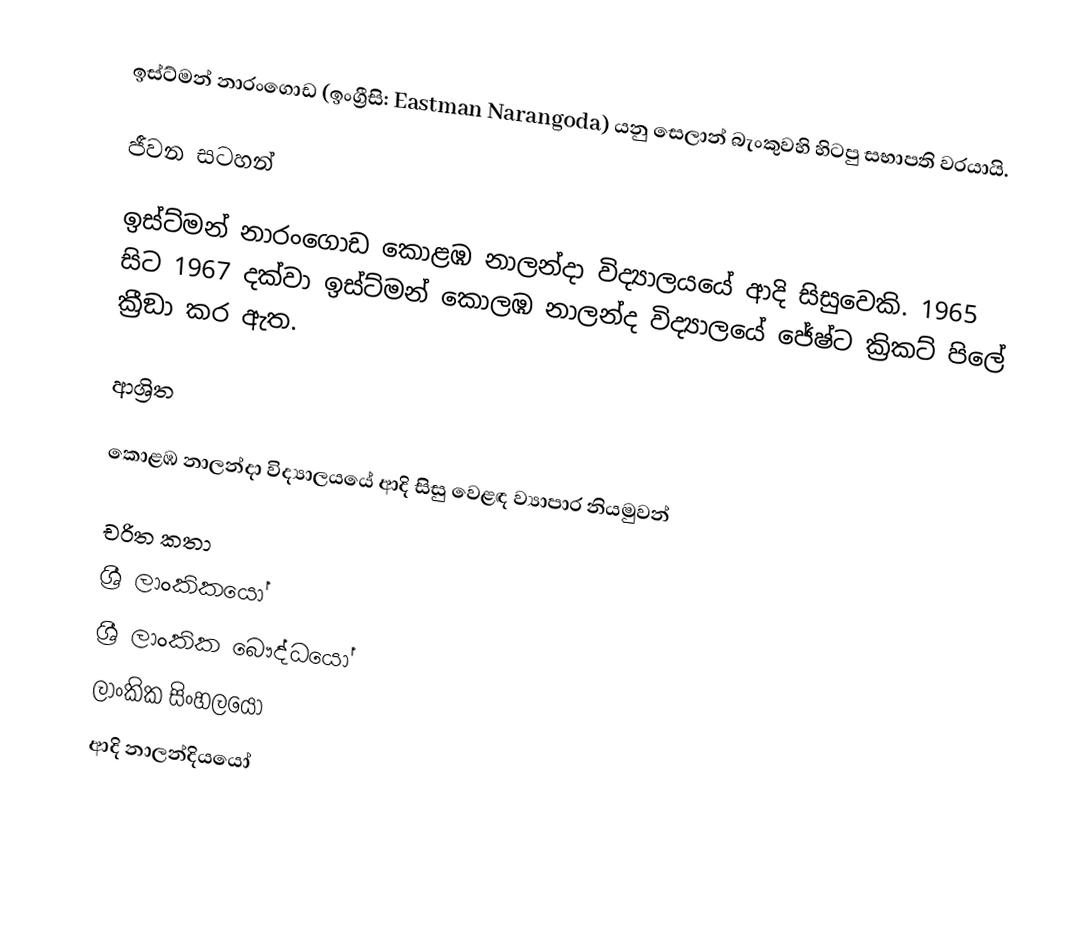
ඉස්ට්මන් නාරංගොඩ (ඉංග්‍රීසි: Eastman Narangoda) යනු  සෙලාන් බැංකුවහි හිටපු සභාපති වරයායි.

ජීවන සටහන්

ඉස්ට්මන් නාරංගොඩ  කොළඹ නාලන්දා විද්‍යාලයයේ ආදි සිසුවෙකි.  1965 සිට 1967 දක්වා ඉස්ට්මන් කොලඹ නාලන්ද  විද්‍යාලයේ  ජේෂ්ට ක්‍රිකට් පිලේ ක්‍රීඞා කර ඇත.

ආශ්‍රිත

 කොළඹ නාලන්දා විද්‍යාලයයේ ආදි සිසු වෙළඳ ව්‍යාපාර නියමුවන්

චරිත කතා
ශ්‍රී ලාංකිකයෝ
ශ්‍රී ලාංකික බෞද්ධයෝ
ලාංකික සිංහලයෝ
ආදි නාලන්දියයෝ